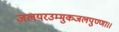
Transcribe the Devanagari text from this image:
जलयरउम्मुकजलपुण्णा।।